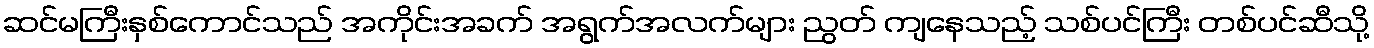
ဆင်မကြီးနှစ်ကောင်သည် အကိုင်းအခက် အရွက်အလက်များ ညွတ် ကျနေသည့် သစ်ပင်ကြီး တစ်ပင်ဆီသို့